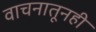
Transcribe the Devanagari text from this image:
वाचनातूनही